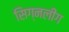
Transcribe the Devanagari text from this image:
सिग्नलींग